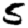
Digit: 5